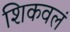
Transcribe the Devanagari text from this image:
शिकवलं